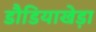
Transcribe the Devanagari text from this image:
डौडियाखेड़ा